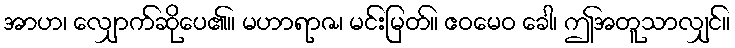
အာဟ၊ လျှောက်ဆိုပေ၏။ မဟာရာဇ၊ မင်းမြတ်။ ဧဝမေဝ ခေါ၊ ဤအတူသာလျှင်။